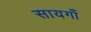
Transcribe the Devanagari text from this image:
सायगाँ